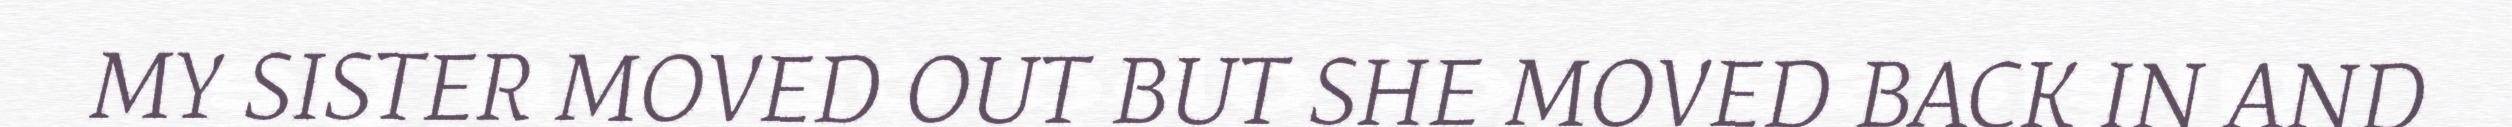
MY SISTER MOVED OUT BUT SHE MOVED BACK IN AND